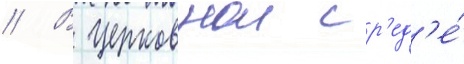
// В церковнои ср'ед'е́